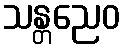
သန္တညေဝ